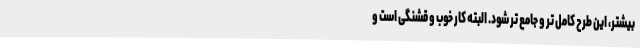
بیشتر، این طرح کامل تر و جامع تر شود. البته کار خوب و قشنگی است و